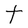
Character: t